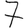
Digit: 7